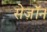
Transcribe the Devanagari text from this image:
सेज़ॉन